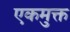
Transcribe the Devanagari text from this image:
एकमुक्त